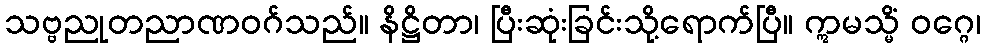
သဗ္ဗညုတညာဏဝဂ်သည်။ နိဋ္ဌိတာ၊ ပြီးဆုံးခြင်းသို့ရောက်ပြီ။ ဣမသ္မိံ ဝဂ္ဂေ၊